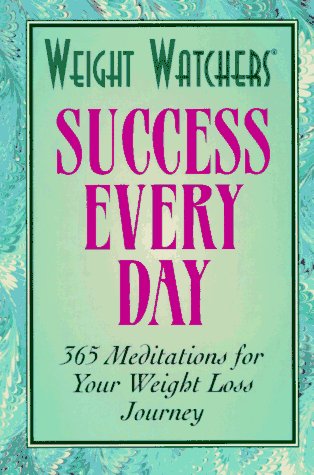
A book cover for Weight Watchers Success Every Day: 365 Meditations for Your Weight Loss Journey; Weight; Inc Staf Weight Watchers Interna; Health, Fitness & Dieting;